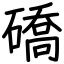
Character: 礄